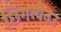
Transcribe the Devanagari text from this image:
छिंगन्येनउ